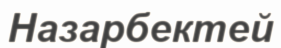
Назарбектей